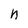
Character: n